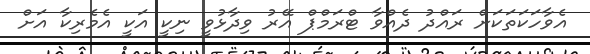
އެވާހަކަތަކަށް ރައްދު ދެއްވާ ޓްރަމްޕް އޭރު ވިދާޅުވީ ނިކީ އަކީ އެމެރިކާ އަށް